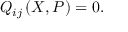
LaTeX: Q _ { i j } \left( X , P \right) = 0 .